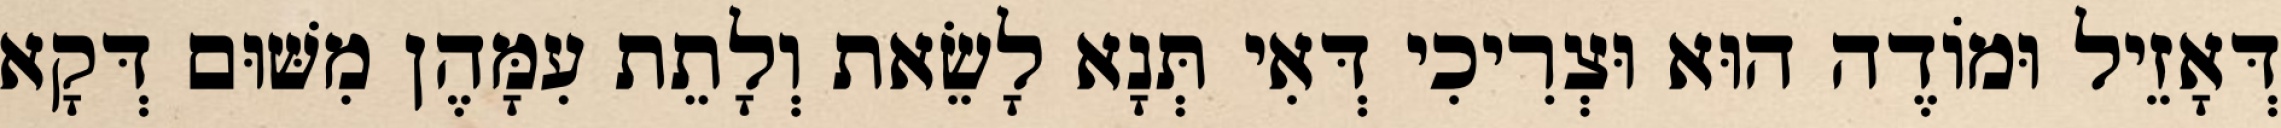
דְּאָזֵיל וּמוֹדֶה הוּא וּצְרִיכִי דְּאִי תְּנָא לָשֵׂאת וְלָתֵת עִמָּהֶן מִשּׁוּם דְּקָא